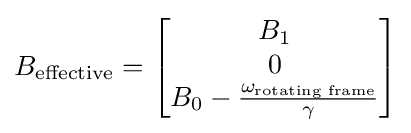
B_{\text{effective}}={\begin{bmatrix}B_{1}\\0\\B_{0}-{\frac {\omega _{\text{rotating frame}}}{\gamma }}\end{bmatrix}}